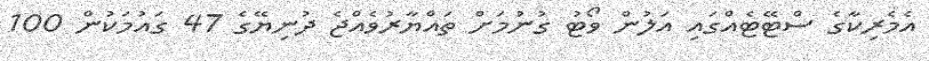
އެމެރިކާގެ ސްޓޭޓެއްގައި އަލުން ވޯޓު ގުނުމަށް ތައްޔާރުވެއްޖެ ދުނިޔޭގެ 47 ގައުމަކުން 100